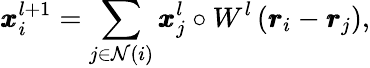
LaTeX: \pmb{x}_{i}^{l+1}=\sum_{j\in\mathcal{N}(i)}\pmb{x}_{j}^{l}\circ W^{l}\left(\pmb{r}_{i}-\pmb{r}_{j}\right),